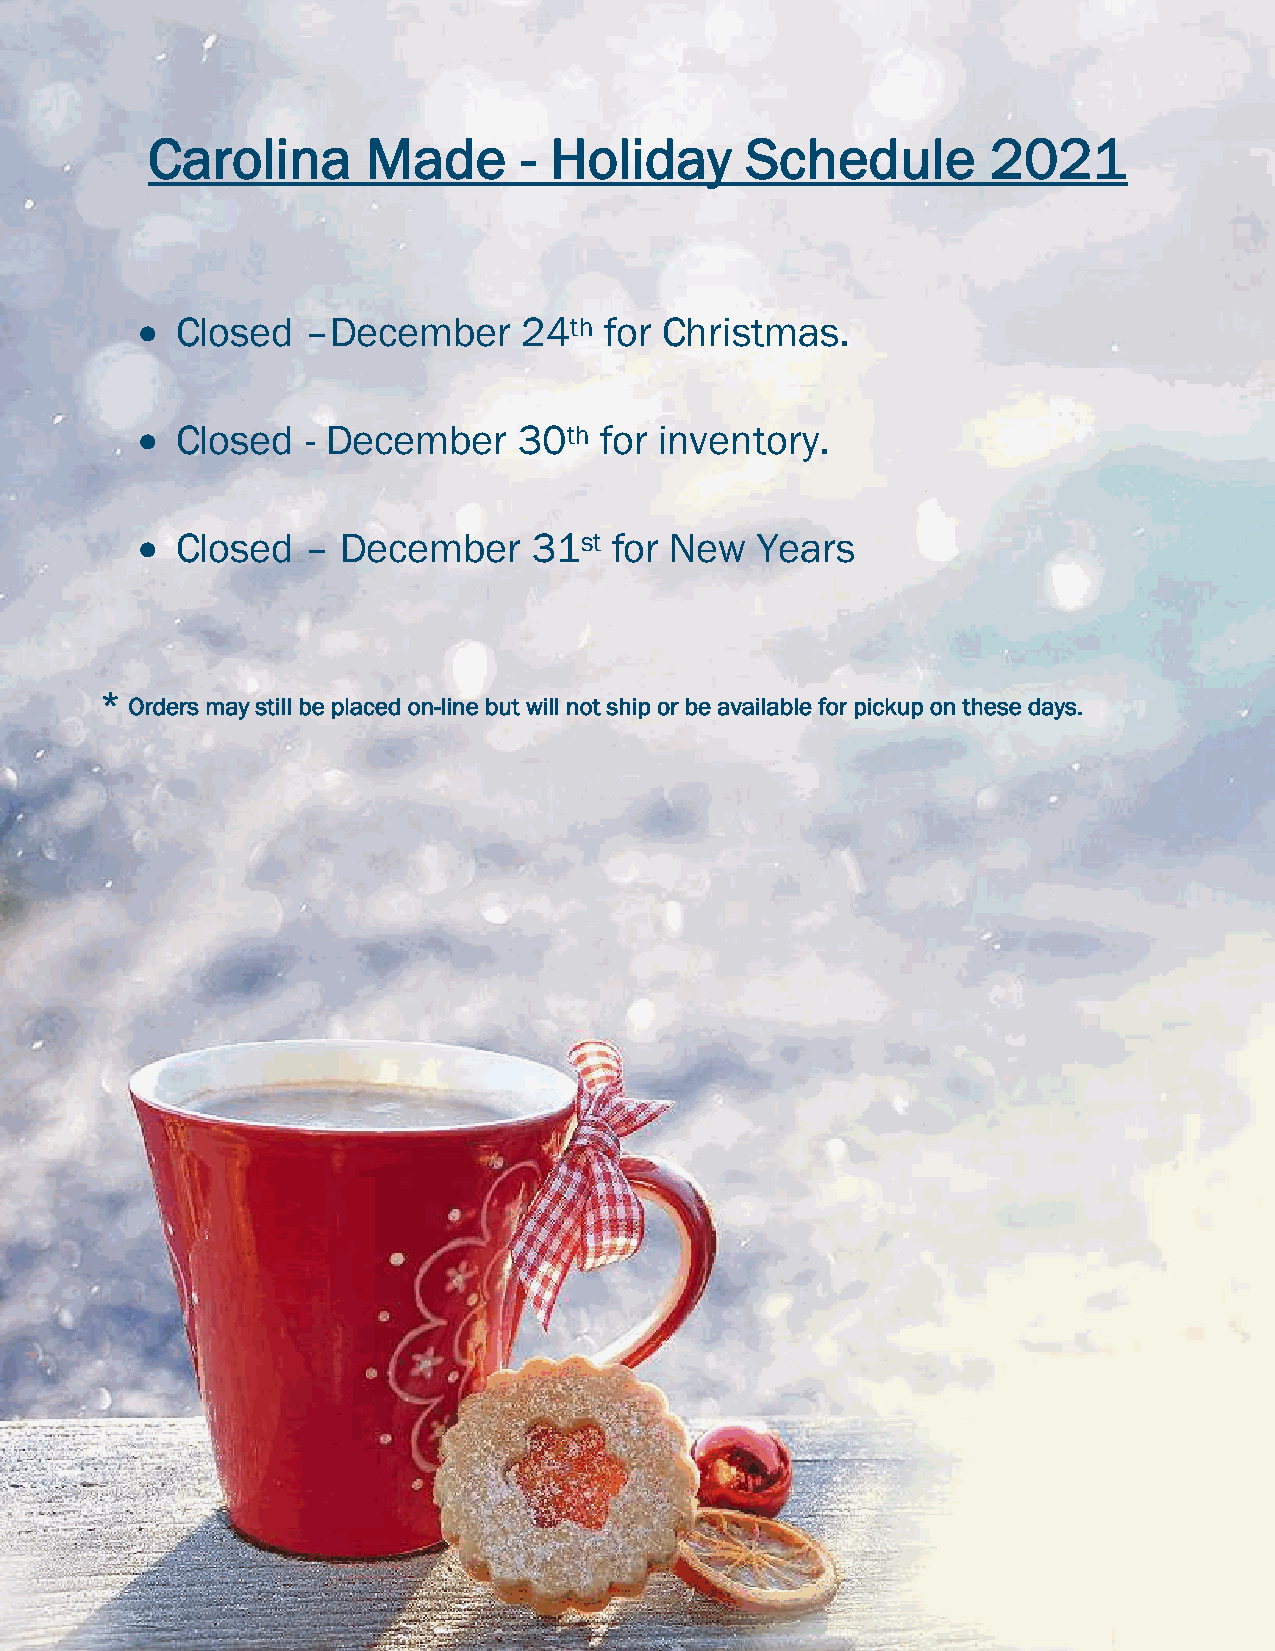
Carolina      Made       - Holiday     Schedule         2021
 •  Closed  –December      24th for Christmas.
 •  Closed  - December    30th  for inventory.
 •  Closed  – December     31st  for New  Years
 *
 Orders may still be placed on-line but will not ship or be available for pickup on these days.